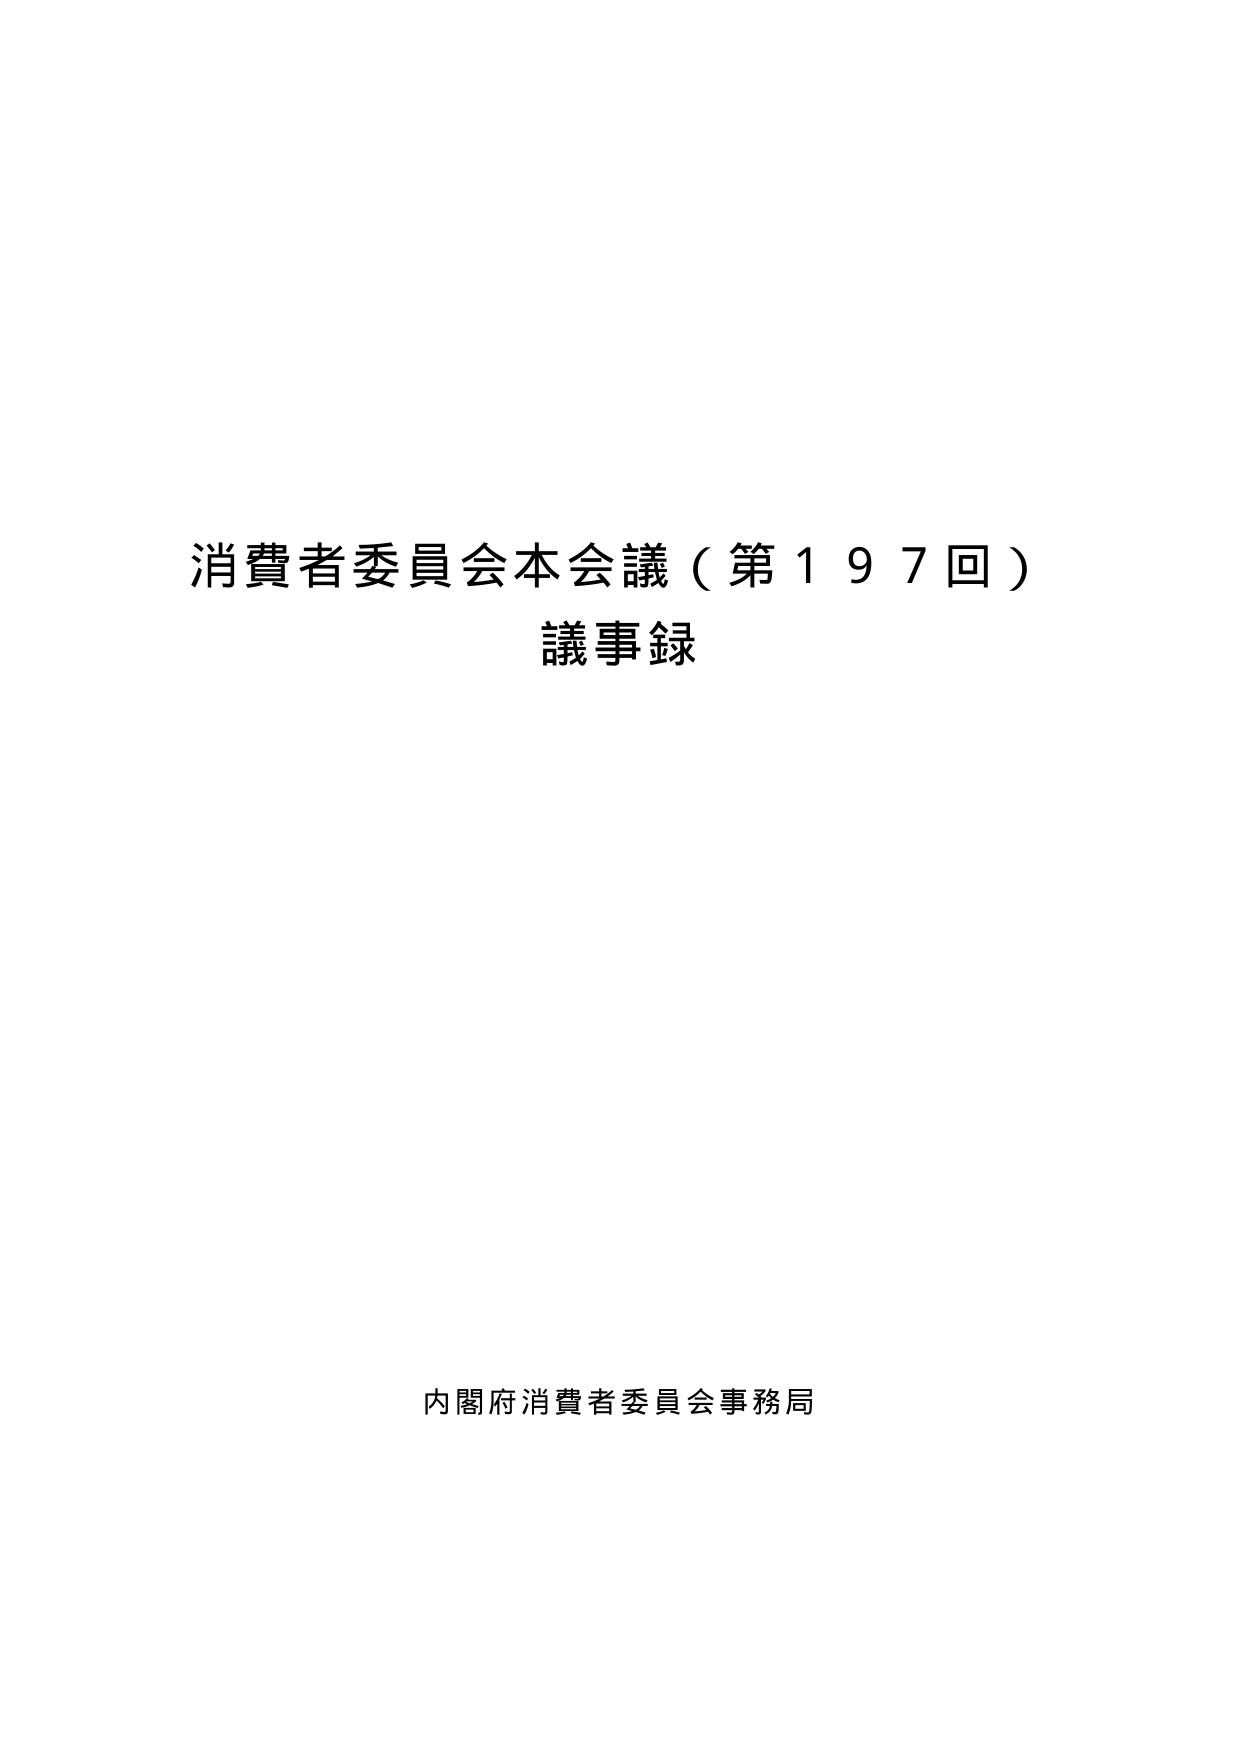
消費者委員会本会議（第197回）
議事録

内閣府消費者委員会事務局